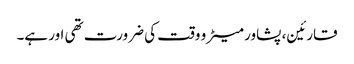
قارئین، پشاور میٹرو وقت کی ضرورت تھی اور ہے۔